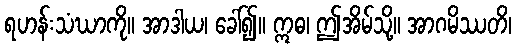
ရဟန်းသံဃာကို။ အာဒါယ၊ ခေါ်၍။ ဣဓ၊ ဤအိမ်သို့။ အာဂမိဿတိ၊